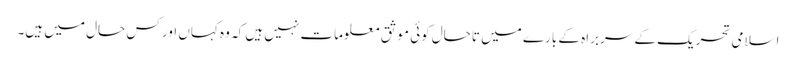
اسلامی تحریک کے سربراہ کے بارے میں تاحال کوئی موثق معلومات نہیں ہیں کہ وہ کہاں اور کس حال میں ہیں۔